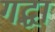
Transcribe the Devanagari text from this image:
गद्धा